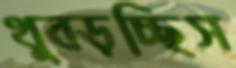
থুব্‌ড়চ্ছিস